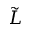
\tilde { L }